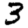
Digit: 3